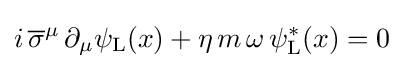
i\,{\overline {\sigma }}^{\mu }\,\partial _{\mu }\psi _{\text{L}}(x)+\eta \,m\,\omega \,\psi _{\text{L}}^{*}(x)=0